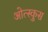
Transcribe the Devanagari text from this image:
ओत्स्कुस